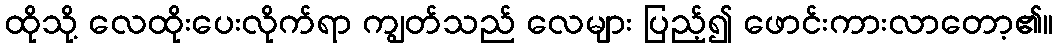
ထိုသို့ လေထိုးပေးလိုက်ရာ ကျွတ်သည် လေများ ပြည့်၍ ဖောင်းကားလာတော့၏။